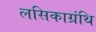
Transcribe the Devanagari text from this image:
लसिकाग्रंथि